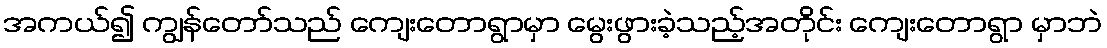
အကယ်၍ ကျွန်တော်သည် ကျေးတောရွာမှာ မွေးဖွားခဲ့သည့်အတိုင်း ကျေးတောရွာ မှာဘဲ